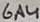
Text: 6A4